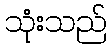
သုံးသည်